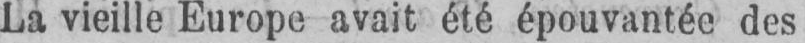
La vieille Europe avait été épouvantée des